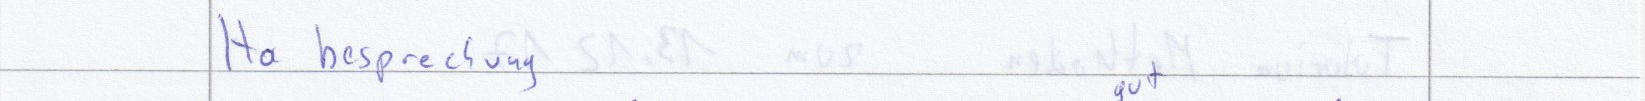
Ha besprechung